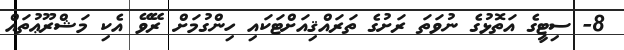
8- ސިޓީގެ އަތޮޅުގެ ނުވަތަ ރަށުގެ ތަރައްޤިއަށްޓަކައި ހިންގުމަށް ރޭވޭ އެކި މަޝްރޫޢުތައް